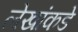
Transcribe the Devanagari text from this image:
लेखांकडे